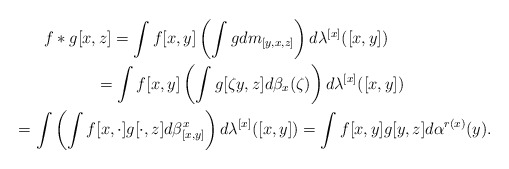
\begin{gather*}f*g[x,z]= \int f[x,y]\left(\int g dm_{[y,x,z]}\right)d\lambda^{[x]}([x,y])\\\phantom{f*g[x,z]}= \int f[x,y]\left(\int g[\zeta y,z] d\beta_x(\zeta)\right)d\lambda^{[x]}([x,y])\\\phantom{f*g[x,z]}= \int\left(\int f[x,\cdot] g[\cdot,z] d\beta^x_{[x,y]}\right)d\lambda^{[x]}([x,y])= \int f[x,y]g[y,z] d\alpha^{r(x)}(y).\end{gather*}